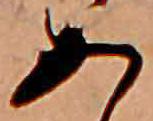
あ